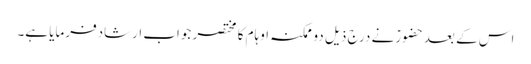
اس کے بعدحضورؑ نے درج ذیل دو ممکنہ اوہام کا مختصر جواب ارشادفرمایا ہے۔